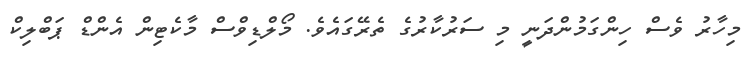
މިހާރު ވެސް ހިންގަމުންދަނީ މި ސަރުކާރުގެ ތެރޭގައެވެ. މޯލްޑިވްސް މާކެޓިން އެންޑް ޕަބްލިކް